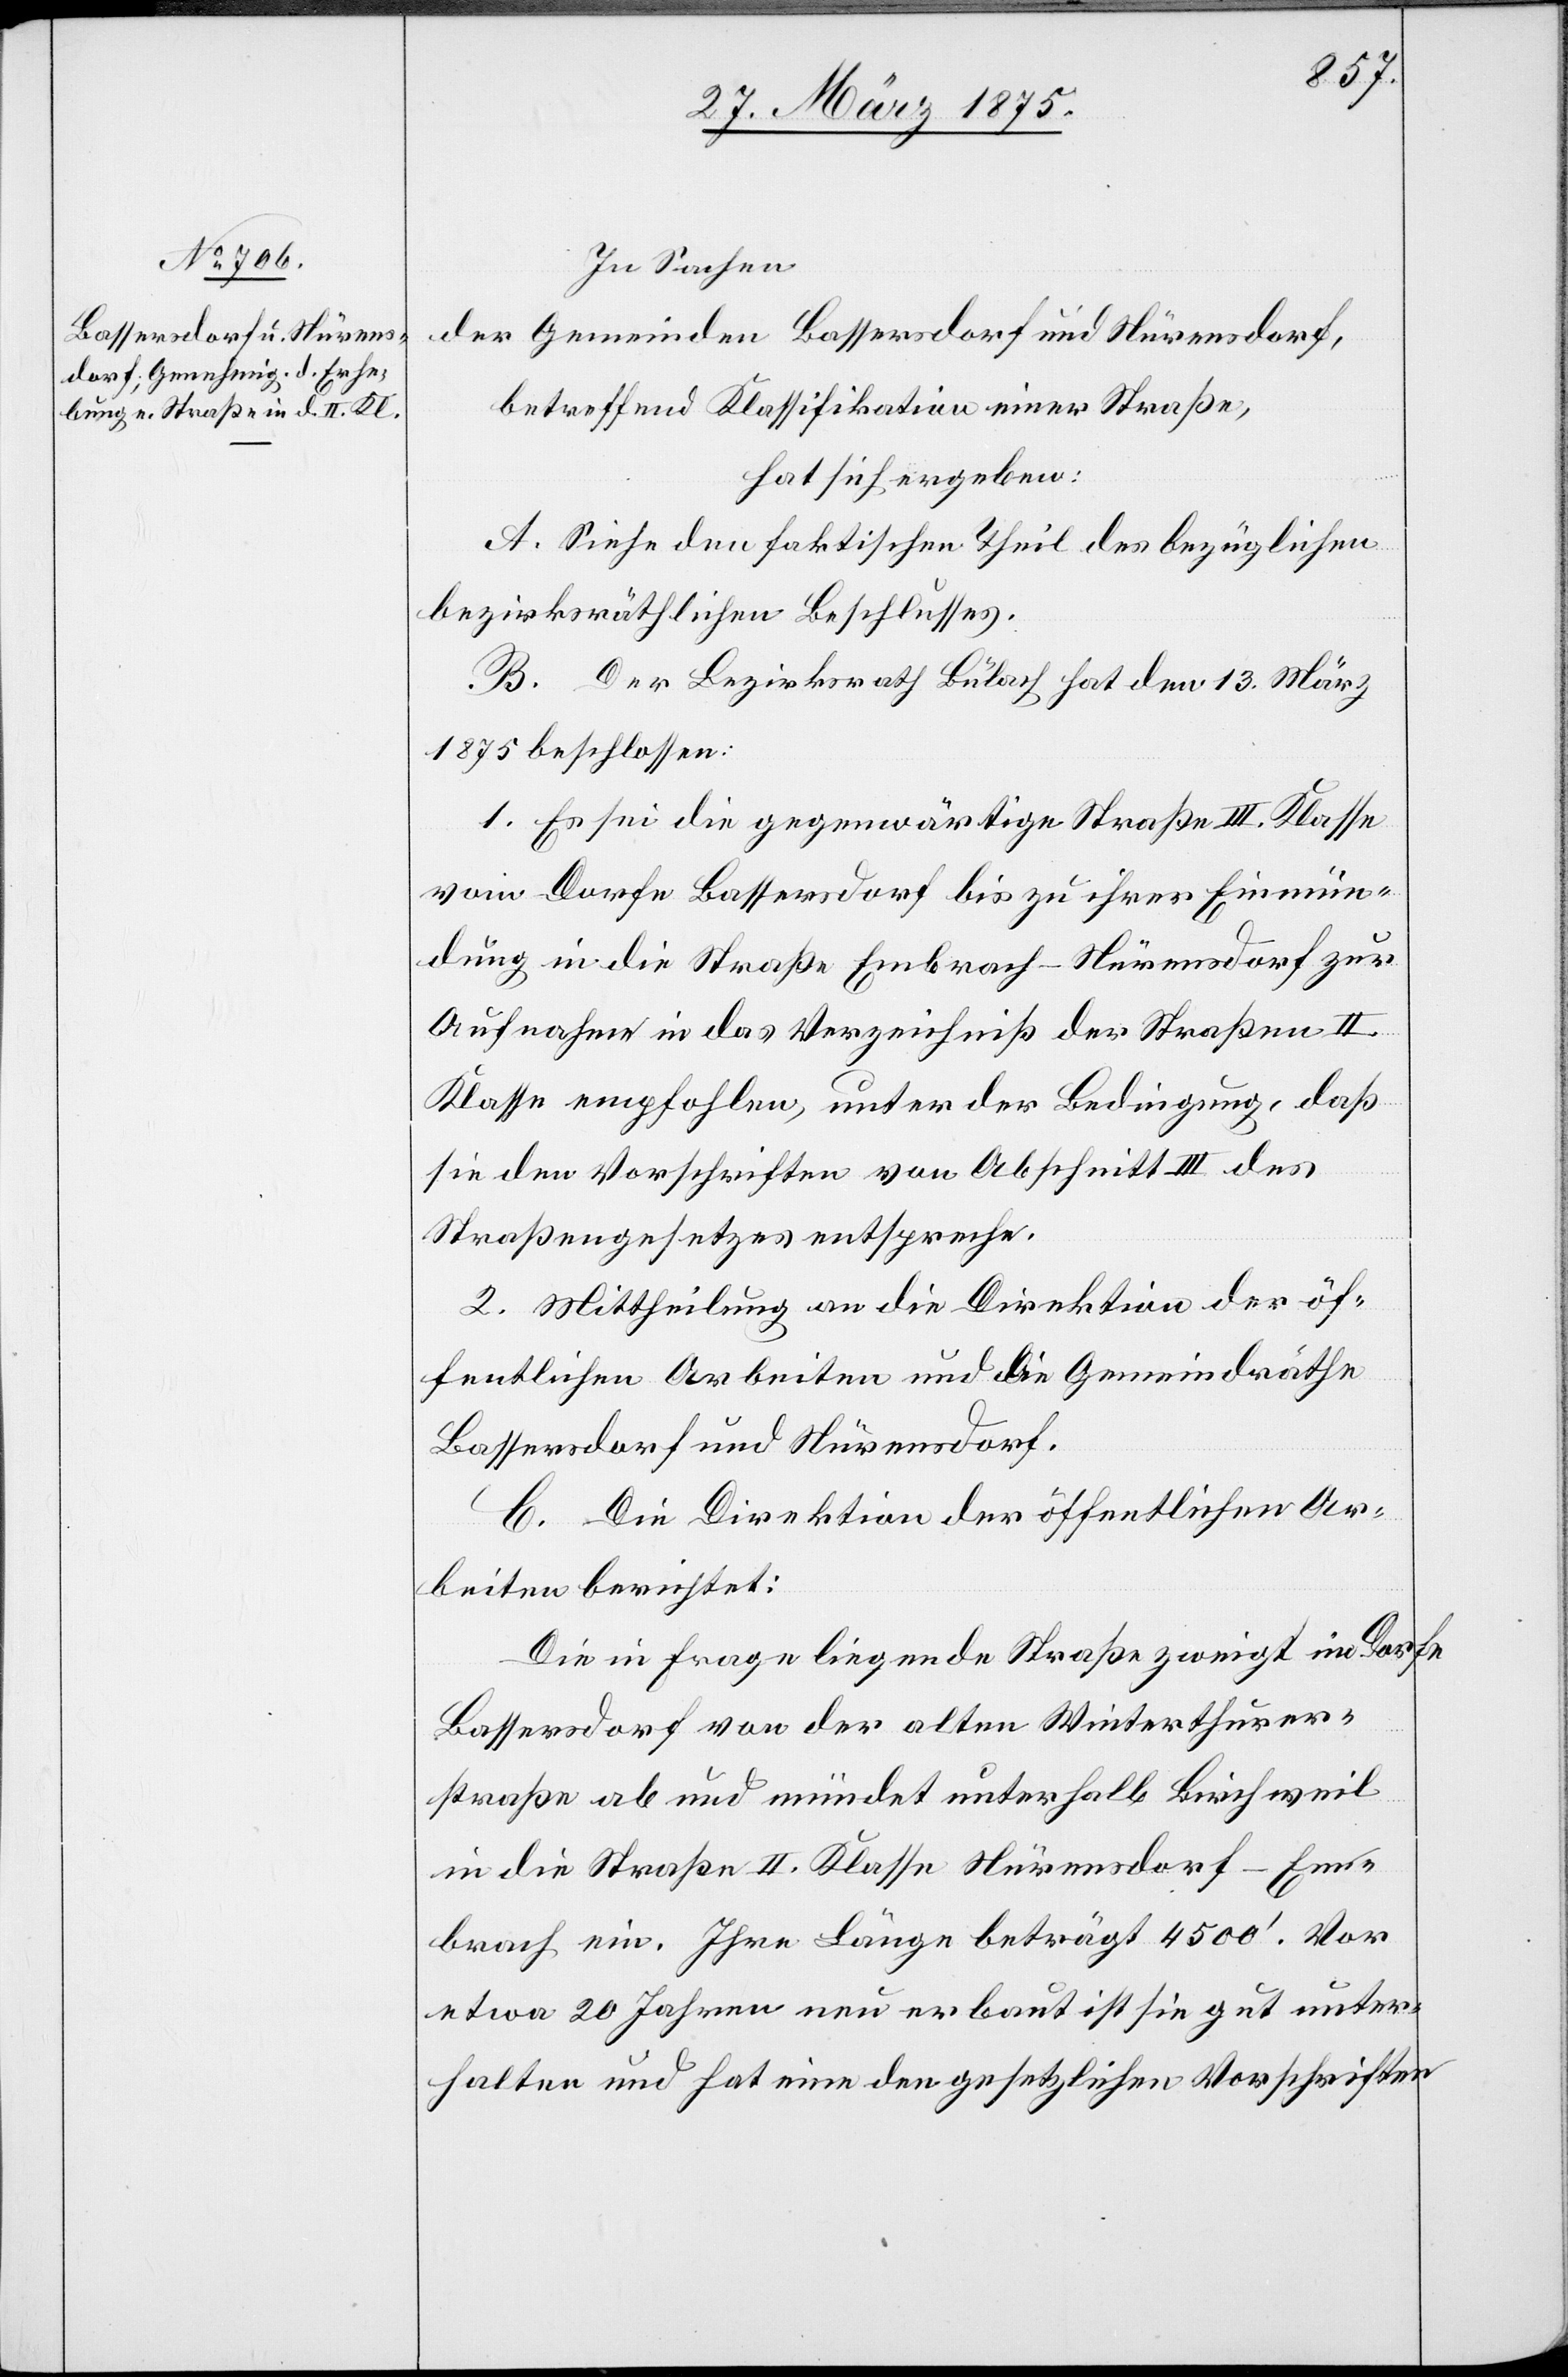
In Sachen
der Gemeinden Bassersdorf und Nürensdorf,
betreffend Klassifikation einer Straße,
hat sich ergeben:
A. Siehe den faktischen Theil des bezüglichen
bezirksräthlichen Beschlusses.
B. Der Bezirksrath Bülach hat den 13. März
1875 beschlossen:
1. Es sei die gegenwärtige Straße III. Klasse
vom Dorfe Bassersdorf bis zu ihrer Einmün¬
dung in die Straße Embrach–Nürensdorf zur
Aufnahme in das Verzeichniß der Straßen II.
Klasse empfohlen, unter der Bedingung, daß
sie den Vorschriften von Abschnitt III des
Straßengesetzes entsprechen.
2. Mittheilung an die Direktion der öf¬
fentlichen Arbeiten und die Gemeindräthe
Bassersdorf und Nürensdorf.
C. Die Direktion der öffentlichen Ar¬
beiten berichtet:
Die in Frage liegende Straße zweigt im Dorfe
Bassersdorf von der alten Winterthurer¬
straße ab und mündet unterhalb Birchweil
in die Straße II. Klasse Nürensdorf–Em¬
brach ein. Ihre Länge beträgt 4500‘. Vor
etwa 20 Jahren neu erbaut ist sie gut unter¬
halten und hat eine den gesetzlichen Vorschriften